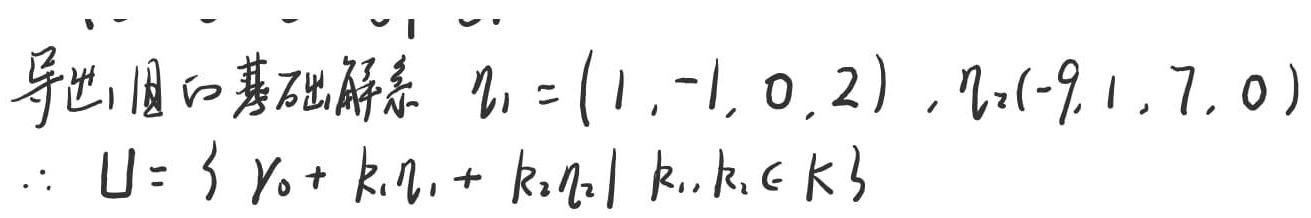
导出组的基础解系 $\eta_1=(1,-1,0,2),\eta_2=(-9,1,7,0)$
$\therefore U = \{ \gamma_0 + k_1\eta_1 + k_2\eta_2\mid k_1,k_2\in K\}$